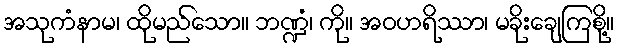
အသုကံနာမ၊ ထိုမည်သော။ ဘဏ္ဍံ၊ ကို။ အဝဟရိဿာ၊ မခိုးချေကြစို့။